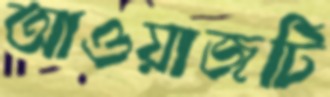
আওয়াজটি